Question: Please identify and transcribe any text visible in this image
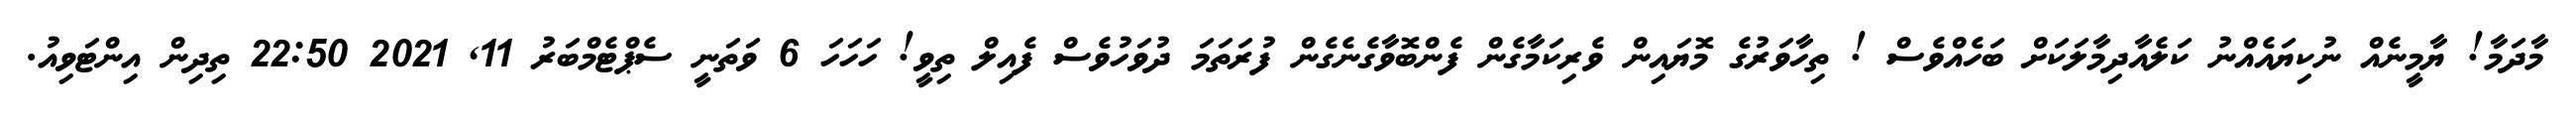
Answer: މާދަމާ! ޔާމީނެއް ނުކިޔައެއްނު ކަލެއާދިމާލަކަށް ބަހެއްވެސް ! ތިހާވަރުގެ މޮޔައިން ވެރިކަމާގެން ފެންބޮވާގެނެގެން ފުރަތަމަ ދުވަހުވެސް ފެއިލް ތިވީ! ހަހަހަ 6 ވަތަނީ ސެޕްޓެމްބަރު 11, 2021 22:50 ތިދިން އިންޓަވިއު.